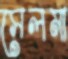
সেলমা